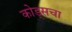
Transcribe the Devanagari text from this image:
कोड्सचा